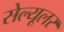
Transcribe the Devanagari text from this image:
सेल्‍यूलर